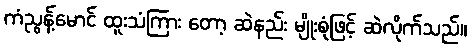
ကံညွန့်မောင် ထူးသံကြား တော့ ဆဲနည်း မျိုးစုံဖြင့် ဆဲလိုက်သည်။